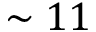
\sim 1 1